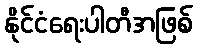
နိုင်ငံရေးပါတီအဖြစ်